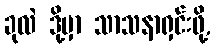
ခုလဲ ဒို့မှာ သာသနာရှင်းဖို့,